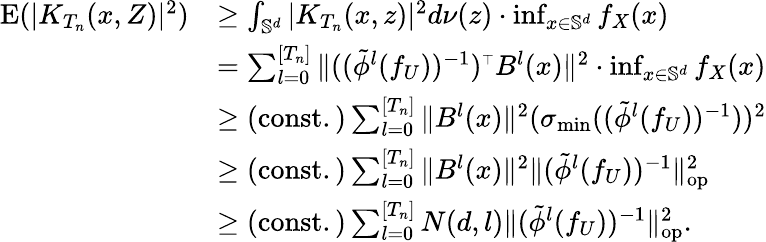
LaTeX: \begin{array}{rl}{\mathrm{E}(|K_{T_{n}}(x,Z)|^{2})}&{\geq\int_{\mathbb{S}^{d}}|K_{T_{n}}(x,z)|^{2}d\nu(z)\cdot\operatorname*{inf}_{x\in\mathbb{S}^{d}}f_{X}(x)}\\ &{=\sum_{l=0}^{[T_{n}]}\| ((\tilde{\phi}^{l}(f_{U}))^{-1})^{\mathstrut\scriptscriptstyle{\top}}B^{l}(x)\| ^{2}\cdot\operatorname*{inf}_{x\in\mathbb{S}^{d}}f_{X}(x)}\\ &{\geq\mathrm{(const.)}\sum_{l=0}^{[T_{n}]}\| B^{l}(x)\| ^{2}(\sigma_{\mathrm{min}}((\tilde{\phi}^{l}(f_{U}))^{-1}))^{2}}\\ &{\geq\mathrm{(const.)}\sum_{l=0}^{[T_{n}]}\| B^{l}(x)\| ^{2}\| (\tilde{\phi}^{l}(f_{U}))^{-1}\| _{\mathrm{op}}^{2}}\\ &{\geq\mathrm{(const.)}\sum_{l=0}^{[T_{n}]}N(d,l)\| (\tilde{\phi}^{l}(f_{U}))^{-1}\| _{\mathrm{op}}^{2}.}\end{array}